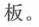
板。